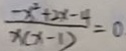
\frac { - x ^ { 2 } + 2 x - 4 } { x ( x - 1 ) } = 0